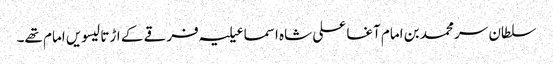
سلطان سر محمد بن امام آغا علی شاہ اسماعیلیہ فرقے کے اڑتالیسویں امام تھے۔